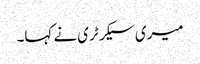
میری سیکرٹری نے کہا۔